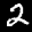
Label: 2